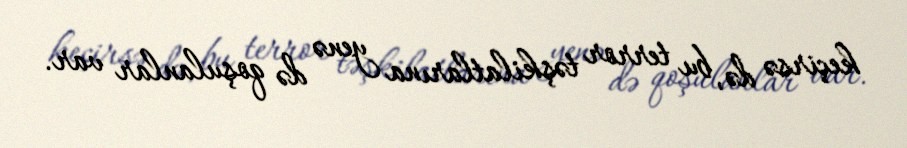
keçirsə də, bu terror təşkilatlarına yenə də qoşulanlar var.